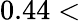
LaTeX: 0.44<